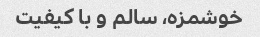
خوشمزه، سالم و با کیفیت